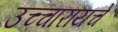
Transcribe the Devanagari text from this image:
उच्चारायचे